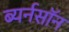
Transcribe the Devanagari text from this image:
ब्यर्नसॉन